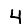
Digit: 4